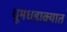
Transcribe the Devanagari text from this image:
धूमधडाक्यात